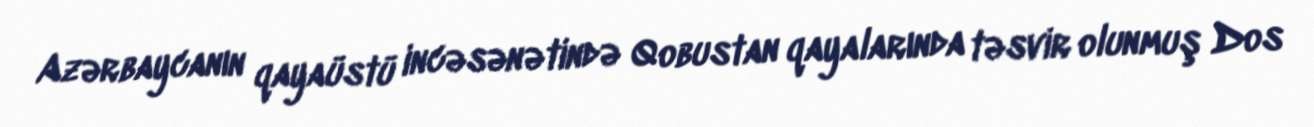
Azərbaycanın qayaüstü incəsənətində Qobustan qayalarında təsvir olunmuş Dos